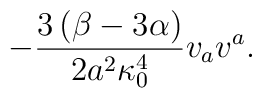
-\frac{3\left(  \beta-3\alpha\right)  }{2a^{2}\kappa_{0}^{4}}v_{a}v^{a}.